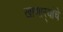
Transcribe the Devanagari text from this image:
खाणार्‍यांचे